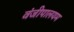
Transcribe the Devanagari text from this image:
वंजीपालयम